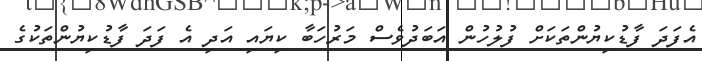
އެފަދަ ފާޑުކިޔުންތަކަށް ފުލުހުން އަބަދުވެސް މަރުހަބާ ކިޔައި އަދި އެ ފަދަ ފާޑުކިޔުންތަކުގެ